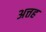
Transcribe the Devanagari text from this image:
अत्तह